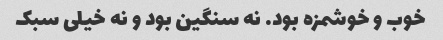
خوب و خوشمزه بود. نه سنگین بود و نه خیلی سبک